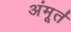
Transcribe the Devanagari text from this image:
अंमूर्त